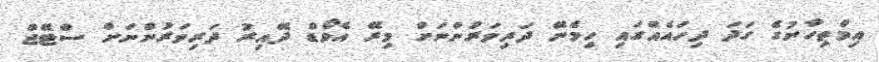
އިމްތިހާނުގެ ގަދަ ދިހައެއްގައި ހިމެނޭ ދަރިވަރުންނަށް މިރޭ އެވޯޑް ދޭއިރު ދަރިވަރުންނަށް ސްޓޭޖް